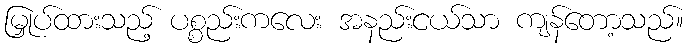
မြှုပ်ထားသည့် ပစ္စည်းကလေး အနည်းငယ်သာ ကျန်တော့သည်။